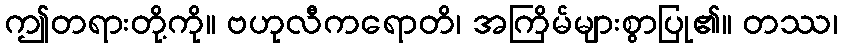
ဤတရားတို့ကို။ ဗဟုလီကရောတိ၊ အကြိမ်များစွာပြု၏။ တဿ၊